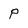
Character: P